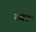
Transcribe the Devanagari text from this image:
रखर